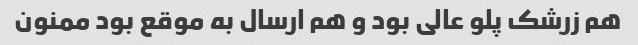
هم زرشک پلو عالی بود و هم ارسال به موقع بود ممنون